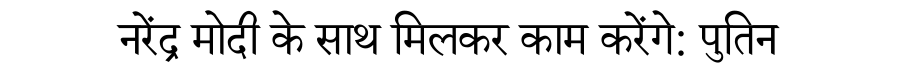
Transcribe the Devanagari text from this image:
नरेंद्र मोदी के साथ मिलकर काम करेंगे: पुतिन